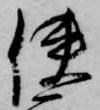
使